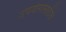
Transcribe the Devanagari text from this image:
उपयोगासाठीचे